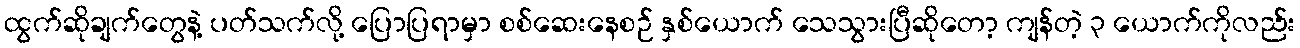
ထွက်ဆိုချက်တွေနဲ့ ပတ်သက်လို့ ပြောပြရာမှာ စစ်ဆေးနေစဉ် နှစ်ယောက် သေသွားပြီဆိုတော့ ကျန်တဲ့ ၃ ယောက်ကိုလည်း